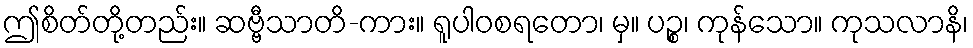
ဤစိတ်တို့တည်း။ ဆဗ္ဗီသာတိ-ကား။ ရူပါဝစရတော၊ မှ။ ပဉ္စ၊ ကုန်သော။ ကုသလာနိ၊